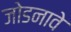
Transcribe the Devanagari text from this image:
जोडनावे